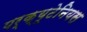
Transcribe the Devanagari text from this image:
पर्क्यूटेनियस